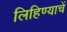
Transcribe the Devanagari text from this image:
लिहिण्याचें